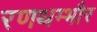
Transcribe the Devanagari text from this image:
रणथम्‍भौर